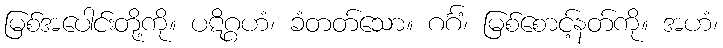
မြစ်အပေါင်းတို့ကို။ ပဋိဂ္ဂဟံ၊ ခံတတ်သော။ ဂင်္ဂံ၊ မြစ်စောင့်နတ်ကို။ အဟံ၊